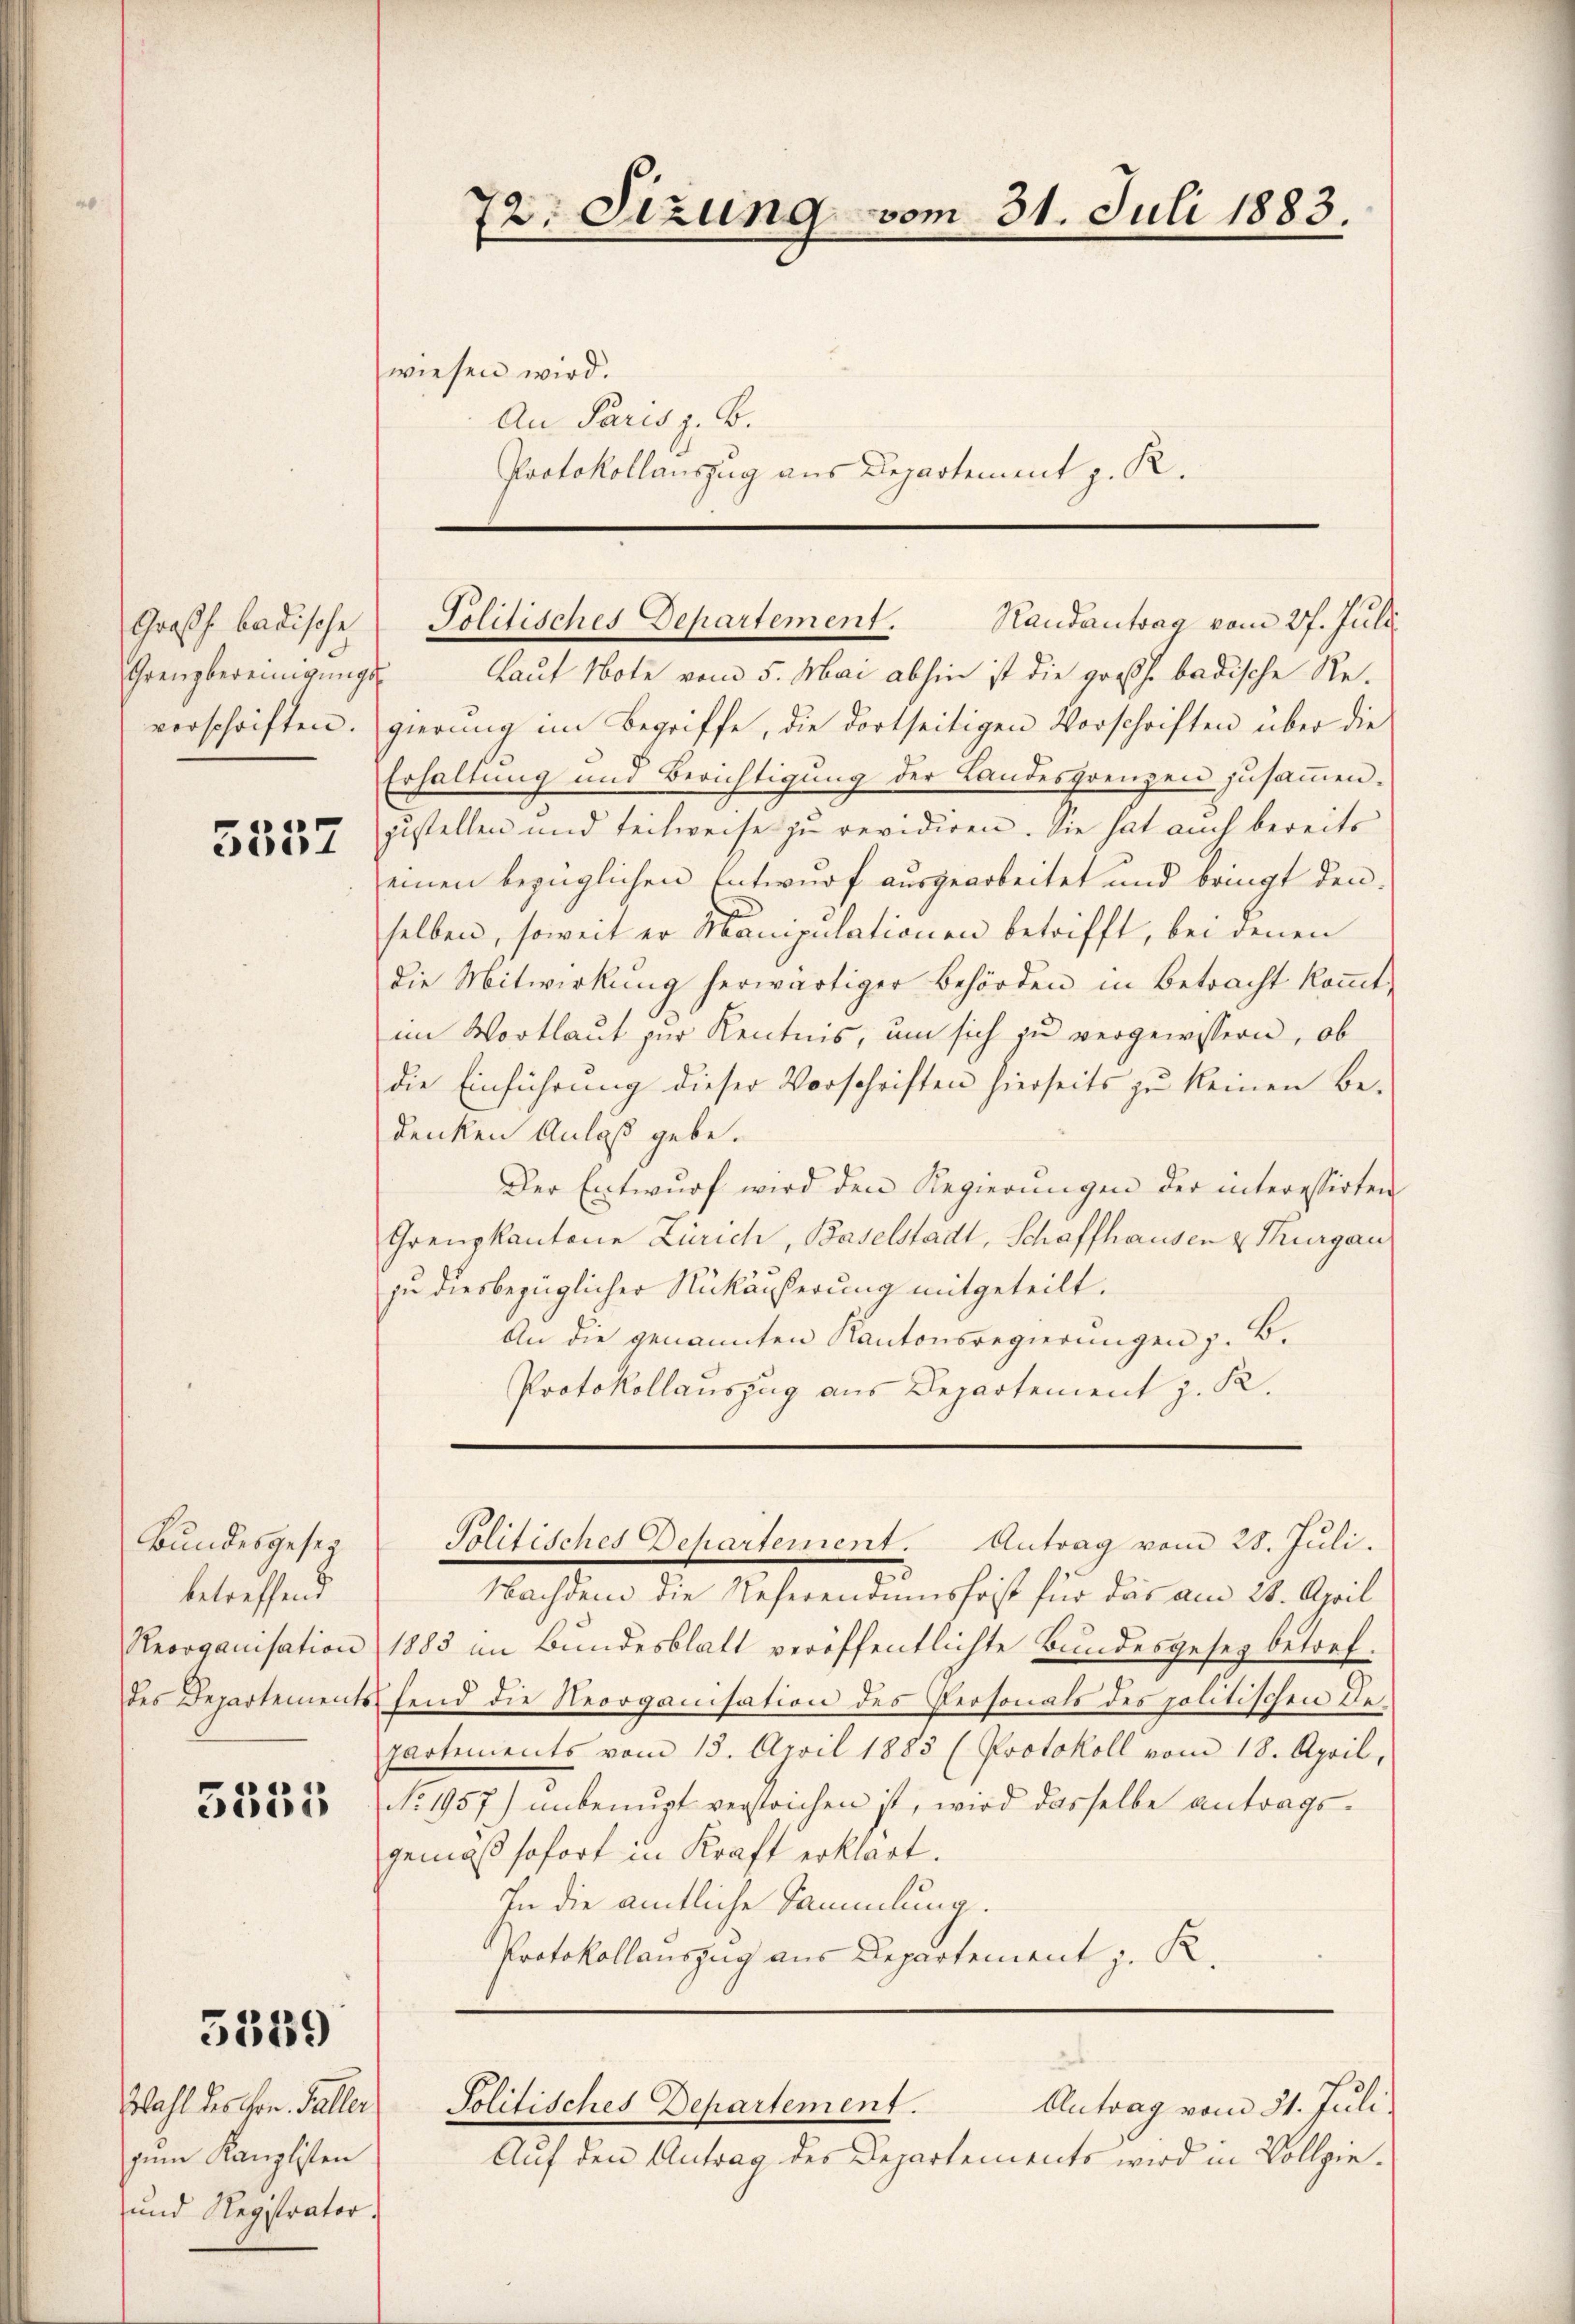
Grenzbereinigungsverschriften.

5552

Bundesgesez
betreffend
Reorganisation
des Departements

5355

5359

Randantrag vom 27. Juli
Laut Note vom 5. Mai abhin ist die großh. badische Re-
gierung im Begriffe, die dortseitigen Vorschriften über die
Erhaltung und Berichtigung der Landesgrenzen zusammen-
zustellen und teilweise zu revidiren. Sie hat auch bereits
einen bezüglichen Entwurf ausgearbeitet und bringt den
selben, soweit er Manipulationen betrifft, bei denen
die Mitwirkung herwärtiger Behörden in Betracht kommt,
im Wortlaut zur Kentnis, um sich zu vergewissern, ob
die Einführung dieser Vorschriften hierseits zu keinen Be-
denken Anlaß gebe.
Der Entwurf wird den Regierungen der interessirten
Grenzkantone Zürich, Baselstadt, Schaffhausen & Thurgau
zu diesbezüglicher Rückäußerung mitgeteilt.
An die genannten Kantonsregierŭngen z. B.
Protokollauszug aus Departement z. K.

Wahl des Hrn. Faller
zum Kanzlisten
und Registrator.

72: Sizung vom 31. Juli 1883.

wiesen wird.
An Paris z. B.

Großh. badische Politisches Departement.

Protokollauszug aus Departement z. R.

Nachdem die Neferendumsfrist für das am 28. April
1883 an Bundesblatt veröffentlichte Bundesgesez betref¬
Efend die Reorganisation des Personats des politischen Departements vom 15. April 1883 (Protokoll vom 18. April,
No. 1957) unbenuzt verstrichen ist, wird dasselbe antrags-
gemäß sofort in Kraft erklärt.
In die amtliche Sammlung.
Protokollauszug aus Departement z. R.

Politisches Dehartement. Antrag vom 25. Juli.

Politisches Departement.
Antrag vom 31. Juli.

Auf den Antrag des Departements wird in Vollzie¬